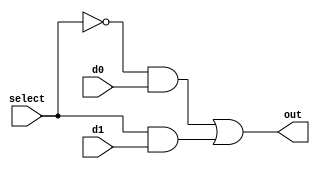
`timescale 1 ns / 100 ps

module mux2_struct (
		    output out,
		    input select, d0, d1
		    );

   wire 		  s0, w0, w1;

   not #1 g1(s0, select);
   and #1 g2(w0,s0,d0);
   and #1 g3(w1, select, d1);
   or #1  g4(out,w0, w1);
endmodule // mux2_struct

`ifdef tb1

module mux2_struct_tb;
   reg a, b, s;
   wire f;
   reg 	expected;

   mux2_struct myMux2_v1(.select(s), .d0(a), .d1(b), .out(f));

   initial
     begin: initialBlock1
	$dumpfile("mux2_struct_delays_tb1.vcd");
	$dumpvars;
	
	s=0;
	a=0;
	b=1;
	expected = 0;
	#10 a = 1;
	b=0;
	expected = 1;
	#10 s = 1;
	a = 0;
	b = 1;
	expected = 1;
	#1 $finish;  // this closes any files opened for i/o
     end // initial begin

   initial
     begin: initialBlock2
	$display("Test of mux2 using tb1.");
	$monitor("time = %d [s, a, b] = %b %b %b, s0 = %b, w0 = %b, w1 = %b, out = %b expected = %b ",
		 $time,s,a,b, myMux2_v1.s0, myMux2_v1.w0, myMux2_v1.w1, f, expected);
     end
   
endmodule // mux2_struct_tb
`endif //  `ifdef tb1

// Test bench for 2-input multiplexor
// Test all input combinations using a loop

`ifdef tb2

module mux2_struct_tb2;
   reg [2:0] inp_vec;
   reg 	     expected;
   wire      f;

   mux2_struct myMux2_v2(.select(inp_vec[2]), .d1(inp_vec[1]), .d0(inp_vec[0]), .out(f));

   initial
     begin
	$dumpfile("mux2_struct_delays_tb2.vcd");
	$dumpvars;
	
	inp_vec = 3'b000;
	expected = 1'b0;
	repeat(7)
	  begin
	     #10 inp_vec = inp_vec + 3'b001;
	     if (inp_vec[2])
	       expected = inp_vec[1];
	     else
	       expected = inp_vec[0];
	  end
	#1 $finish;  // close files opened for i/o
     end // initial begin

   initial
     begin
	$display("Test of mux2 using tb2.");
	$monitor("[select in1 in0] = %b s0 = %b, w0 = %b, w1 = %b, out = %b expected = %b ",
		 inp_vec, myMux2_v2.s0, myMux2_v2.w0, myMux2_v2.w1, f, expected);
     end
endmodule // mux2_struct_tb2
`endif //  `ifdef tb2